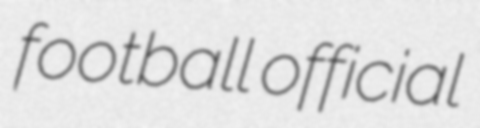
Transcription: football official